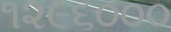
૧૨૯૬૦૦૦